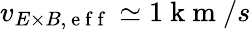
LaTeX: v_{E\times B,\mathrm{~e~f~f~}}\simeq 1\mathrm{~k~m~}/s